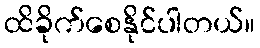
ထိခိုက်စေနိုင်ပါတယ်။